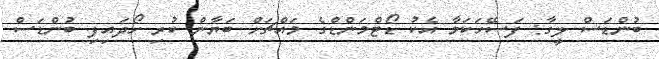
ބުންޑަސް ލީގާ: ފަސޭހަކަމާ އެކު ޑޯޓްމަންޑްގެ މައްޗަށް ބަޔާން ކުރި ހޯދައިފި ބުންޑަސް